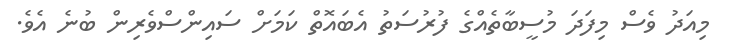
މިއަދު ވެސް މިފަދަ މުސީބާތެއްގެ ފުރުސަތު އެބައޮތް ކަމަށް ސައިންސްވެރިން ބުނެ އެވެ.